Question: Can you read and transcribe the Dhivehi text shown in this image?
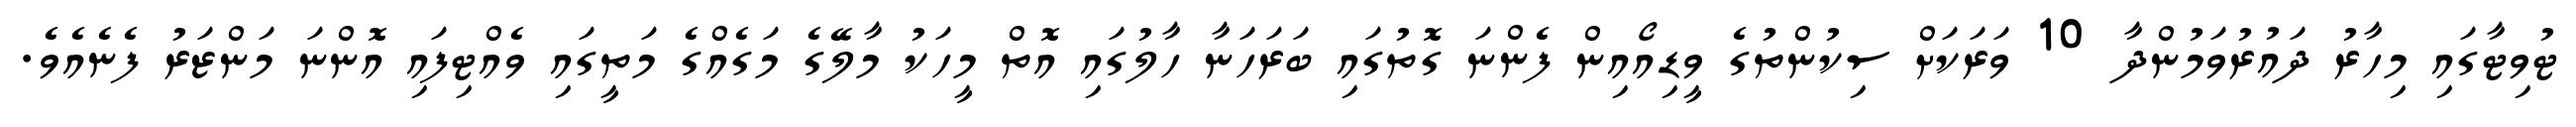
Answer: ޓުވިޓާގައި މިހާރު ދައުރުވަމުންދާ 10 ވަރަކަށް ސިކުންތުގެ ވީޑިއޯއިން ފެންނަ ގޮތުގައި ބަރަހަނާ ހާލުގައި އޮތް މީހަކު މާލޭގެ މަގެއްގެ މަތީގައި ވެއްޓިފައި އޮންނަ މަންޒަރު ފެނެއެވެ.